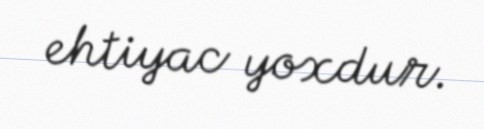
ehtiyac yoxdur.